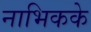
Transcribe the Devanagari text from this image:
नाभिकके